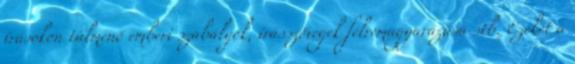
írásokon túlmenő emberi szabályok, írásszövegek félremagyarázása stb. Ezeket a